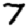
Digit: 7